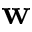
\mathbf { w }